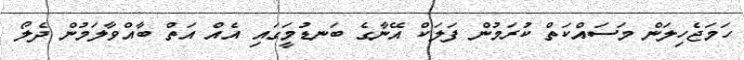
ހަމަޖެހިލަން މަސައްކަތް ކުރަމުން ފަލަކް އޭނާގެ ބަނޑުމަީގައި އެއް އަތް ބާއްވާލަމުން ދެލޯ